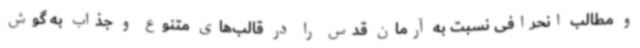
و مطالب انحرافی نسبت به آرمان قدس را در قالب‌های متنوع و جذاب به گوش